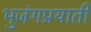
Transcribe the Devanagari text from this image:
भुजंगप्रयाती